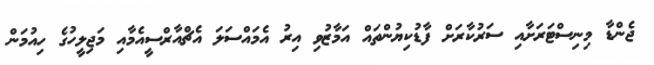
ޖެންޑާ މިނިސްޓަރަށާއި ސަރުކާރަށް ފާޑުކިޔުންތައް އަމާޒުވި އިރު އެމައްސަލަ އެޗްއާރްސީއެމާއި މަޖިލީހުގެ ހިއުމަން